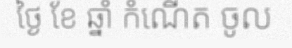
ថ្ងៃ ខែ ឆ្នាំ កំណើត ចូល